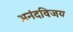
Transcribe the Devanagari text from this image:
अनंदविजय